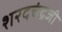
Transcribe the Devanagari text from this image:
शरदचंद्रजी